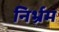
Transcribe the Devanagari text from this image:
निर्भ्रम